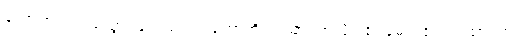
ကောက်တကျစ်သွားခြင်းသည်။ ဟောတိ ယထာ၊ ကဲ့သို့။ ဧဝမေဝံ ဧဝံ တထာ၊ တူ။